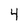
Character: 4